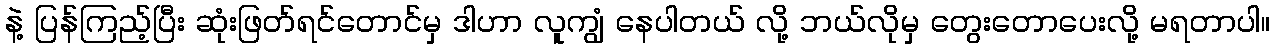
နဲ့ ပြန်ကြည့်ပြီး ဆုံးဖြတ်ရင်တောင်မှ ဒါဟာ လူကျွံ နေပါတယ် လို့ ဘယ်လိုမှ တွေးတောပေးလို့ မရတာပါ။